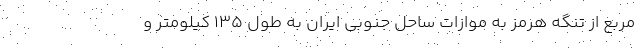
مربع از تنگه هرمز به موازات ساحل جنوبی ایران به طول ۱۳۵ کیلومتر و